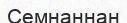
Семнаннан